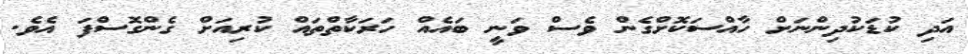
އަދި ކުޑަކުދިންނަށް ހާއްސަކޮށްގެން ވެސް ވަނީ ބައެއް ހަރަކާތްތައް ކުރިއަށް ގެންގޮސްފަ އެވެ.